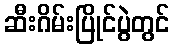
ဆီးဂိမ်းပြိုင်ပွဲတွင်